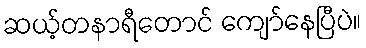
ဆယ့်တနာရီတောင် ကျော်နေပြီပဲ။